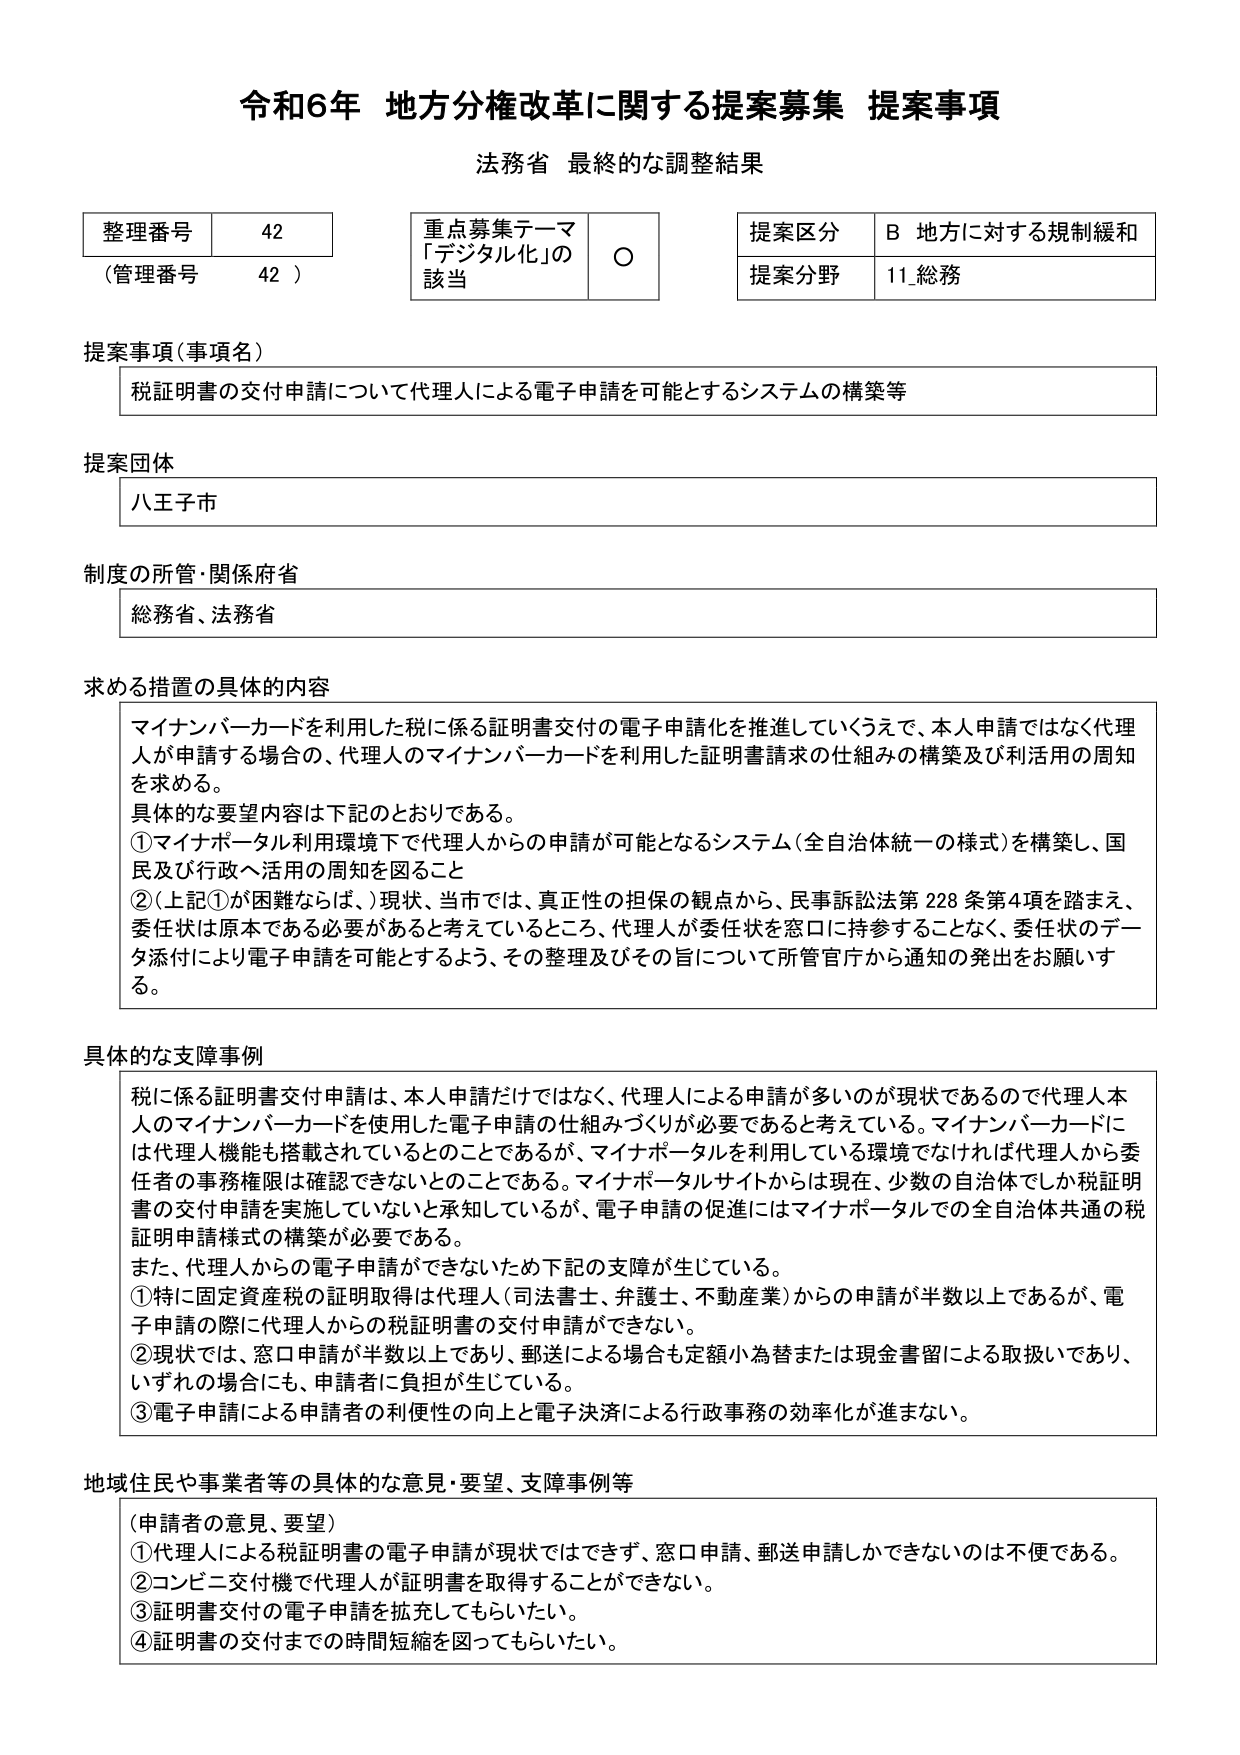
令和6年 地方分権改革に関する提案募集 提案事項
法務省 最終的な調整結果

整理番号 42
（管理番号 42）

重点募集テーマ
「デジタル化」の
該当 ○

提案区分 B 地方に対する規制緩和
提案分野 11 総務

提案事項（事項名）
税証明書の交付申請について代理人による電子申請を可能とするシステムの構築等

提案団体
八王子市

制度の所管・関係府省
総務省、法務省

求める措置の具体的内容
マイナンバーカードを利用した税に係る証明書交付の電子申請化を推進していくうえで、本人申請ではなく代理人が申請する場合の、代理人のマイナンバーカードを利用した証明書請求の仕組みの構築及び利活用の周知を求める。
具体的な要望内容は下記のとおりである。
① マイナポータル利用環境下で代理人からの申請が可能となるシステム（全自治体統一の様式）を構築し、国民及び行政へ活用の周知を図ること
② （上記①が困難ならば、）現状、当市では、真正性の担保の観点から、民事訴訟法第228条第4項を踏まえ、委任状は原本である必要があると考えているところ、代理人が委任状を窓口に持参することなく、委任状のデータ添付により電子申請を可能とするよう、その整理及びその旨について所管官庁から通知の発出をお願いする。

具体的な支障事例
税に係る証明書交付申請は、本人申請だけではなく、代理人による申請が多いのが現状であるので代理人本人のマイナンバーカードを使用した電子申請の仕組みづくりが必要であると考えている。マイナンバーカードには代理人機能も搭載されているとのことであるが、マイナポータルを利用している環境でなければ代理人から委任者の事務権限は確認できないとのことである。マイナポータルサイトからは現在、少数の自治体でしか税証明書の交付申請を実施していないと承知しているが、電子申請の促進にはマイナポータルでの全自治体共通の税証明申請様式の構築が必要である。
また、代理人からの電子申請ができないため下記の支障が生じている。
① 特に固定資産税の証明取得は代理人（司法書士、弁護士、不動産業）からの申請が半数以上であるが、電子申請の際に代理人からの税証明書の交付申請ができない。
② 現状では、窓口申請が半数以上であり、郵送による場合も定額小為替または現金書留による取扱いであり、いずれの場合にも、申請者に負担が生じている。
③ 電子申請による申請者の利便性の向上と電子決済による行政事務の効率化が進まない。

地域住民や事業者等の具体的な意見・要望、支障事例等
（申請者の意見、要望）
① 代理人による税証明書の電子申請が現状ではできず、窓口申請、郵送申請しかできないのは不便である。
② コンビニ交付機で代理人が証明書を取得することができない。
③ 証明書交付の電子申請を拡充してもらいたい。
④ 証明書の交付までの時間短縮を図ってもらいたい。